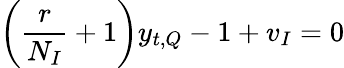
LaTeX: \left(\frac{r}{N_{I}}+1\right)y_{t,Q}-1+v_{I}=0